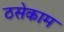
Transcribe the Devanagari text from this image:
ठसेकाम